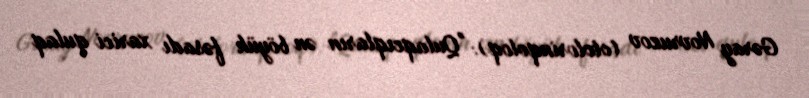
Gəray Novruzov (otolorinqoloq): "Qulaqcıqların ən böyük fəsadı xarici qulaq